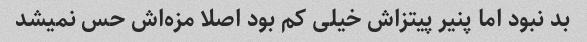
بد نبود اما پنیر پیتزاش خیلی کم بود اصلا مزه‌اش حس نمیشد